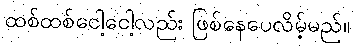
ထစ်ထစ်ငေါ့ငေါ့လည်း ဖြစ်နေပေလိမ့်မည်။